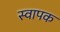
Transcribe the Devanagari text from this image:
स्‍वापक